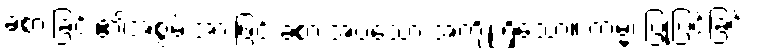
ခံစားခြင်း၏အစွမ်းအားဖြင့် ခံစားအပ်သော အကျိုးရှိသော။ ကမ္မံ၊ ပြုပြင်ခြင်း